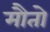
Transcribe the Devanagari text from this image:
मौतो